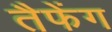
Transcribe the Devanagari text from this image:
तैफेंग